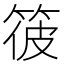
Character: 𥭪